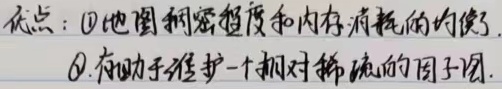
缺点：
1. 地图稠密程度和内存消耗的均衡.
2. 有助于维护一个相对稀疏的因子图.